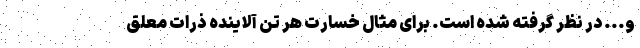
و... در نظر گرفته شده است. برای مثال خسارت هر تن آلاینده ذرات معلق